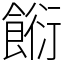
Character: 餰